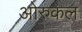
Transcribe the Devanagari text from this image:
ओरुकल